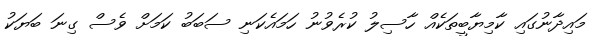
މައިދާނުގައި ކާމިޔާބީތަކެއް ހާސިލު ކުރެވުނު ހަމައެކަނި ސަބަބު ކަމަށް ވެސް ގިނަ ބަޔަކު